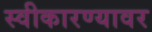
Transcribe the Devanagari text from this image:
स्वीकारण्यावर